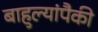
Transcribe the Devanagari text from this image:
बाहुल्यांपैकी